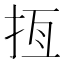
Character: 𢫮